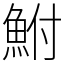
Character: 鮒